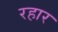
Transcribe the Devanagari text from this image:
रहार